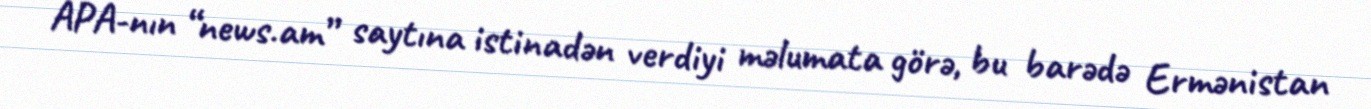
APA-nın “news.am” saytına istinadən verdiyi məlumata görə, bu barədə Ermənistan